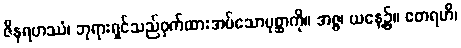
ဇိနရဟဿံ၊ ဘုရားရှင်သည်ဝှက်ထားအပ်သောပုစ္ဆာကို။ အဇ္ဇ၊ ယနေ့၌။ ဧတရဟိ၊